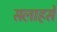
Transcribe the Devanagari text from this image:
सलाहसे